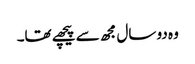
وہ دو سال مجھ سے پیچھے تھا۔